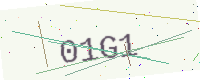
Text: 01G1